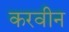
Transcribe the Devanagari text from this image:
करवीन